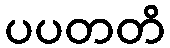
ပပတတိ